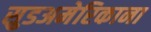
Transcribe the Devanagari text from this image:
सुडअमेरिकाना